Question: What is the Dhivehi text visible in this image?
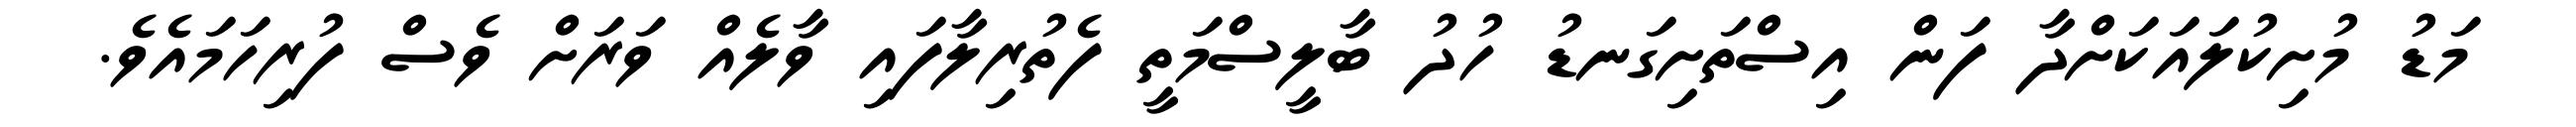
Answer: މަޑު މުށިކުލައަކަށްދާ ފަން އިސްތަށިގަނޑު ހުދު ބާލީސްމަތީ ފެތުރިލާފައި ވާލެއް ވަރަށް ވެސް ފުރިހަމައެވެ.